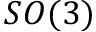
S O ( 3 )